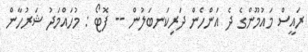
ރައީސް މައުމޫންގެ ދެ އަންހެން ދަރިކަނބަލުން -- ފޮޓޯ : މުހައްމަދު ޝަރުހާން